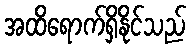
အထိရောက်ရှိနိုင်သည်